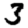
Digit: 3